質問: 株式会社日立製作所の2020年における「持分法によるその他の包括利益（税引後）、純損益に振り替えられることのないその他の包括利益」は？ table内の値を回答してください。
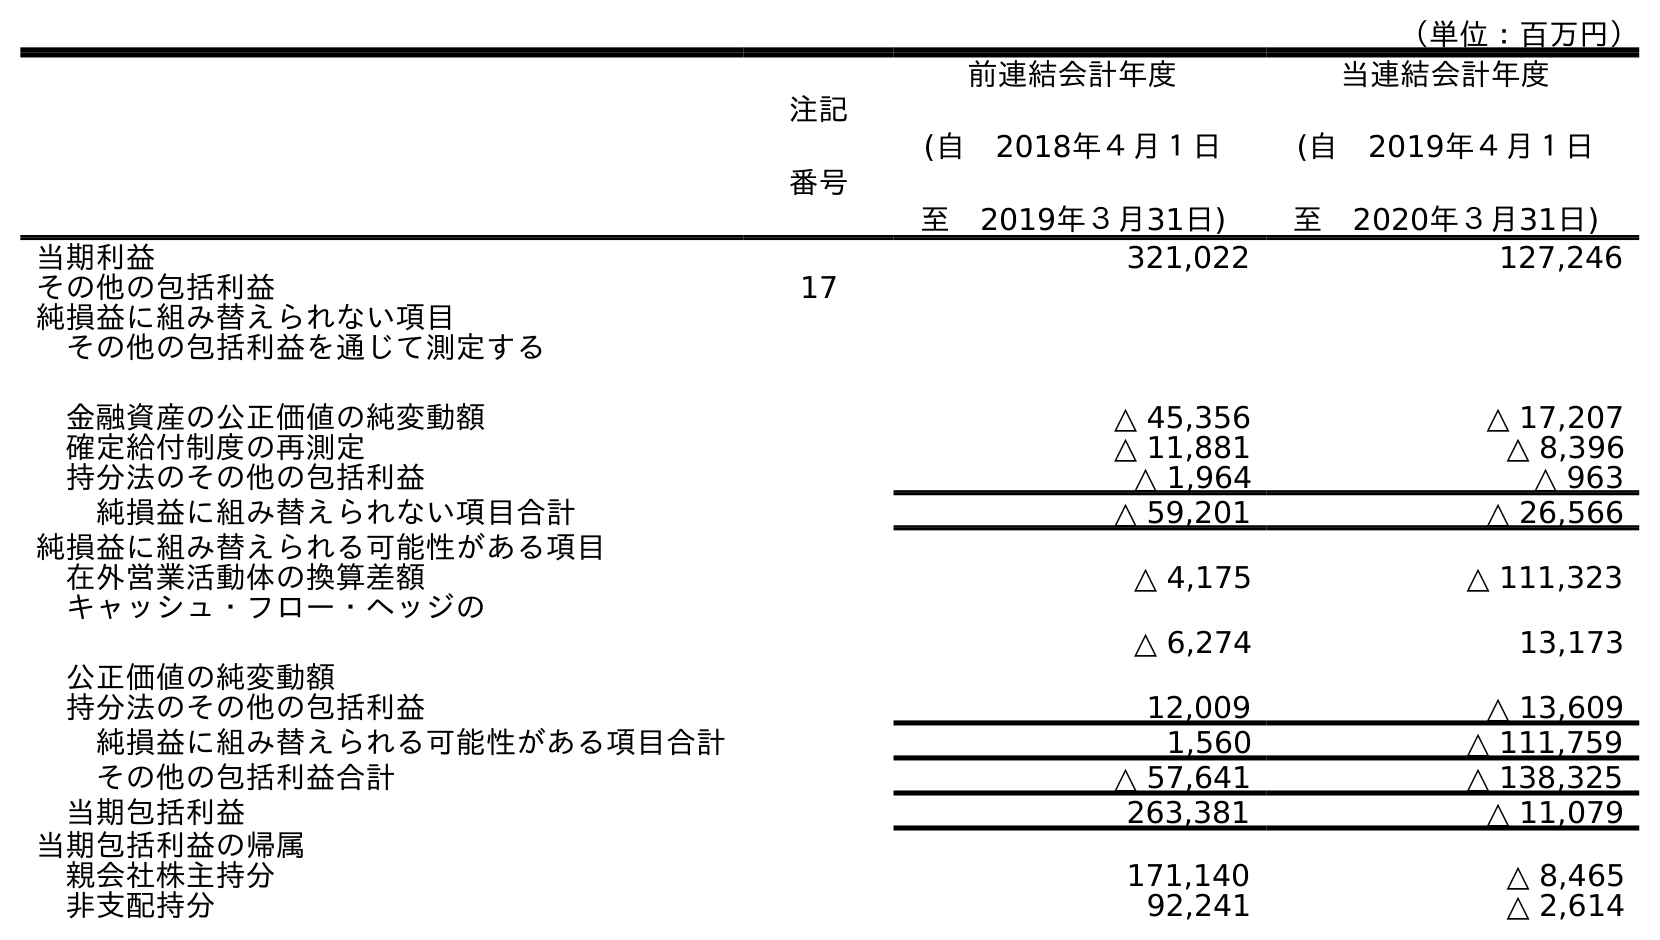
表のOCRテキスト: （単位：百万円） 注記 番号 前連結会計年度 (自 2018年４月１日 至 2019年３月31日) 当連結会計年度 (自 2019年４月１日 至 2020年３月31日) 当期利益 321,022 127,246 その他の包括利益 17 純損益に組み替えられない項目 その他の包括利益を通じて測定する 金融資産の公正価値の純変動額 △ 45,356 △ 17,207 確定給付制度の再測定 △ 11,881 △ 8,396 持分法のその他の包括利益 △ 1,964 △ 963 純損益に組み替えられない項目合計 △ 59,201 △ 26,566 純損益に組み替えられる可能性がある項目 在外営業活動体の換算差額 △ 4,175 △ 111,323 キャッシュ・フロー・ヘッジの 公正価値の純変動額 △ 6,274 13,173 持分法のその他の包括利益 12,009 △ 13,609 純損益に組み替えられる可能性がある項目合計 1,560 △ 111,759 その他の包括利益合計 △ 57,641 △ 138,325 当期包括利益 263,381 △ 11,079 当期包括利益の帰属 親会社株主持分 171,140 △ 8,465 非支配持分 92,241 △ 2,614
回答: △963